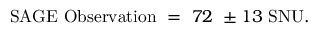
\mathrm { S A G E ~ O b s e r v a t i o n } ~ = ~ 7 2 ~ \pm 1 3 \mathrm { ~ S N U } .